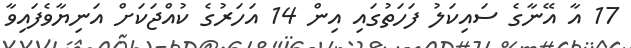
17 އާ އޭނާގެ ސައިކަލު ފަހަތުގައި އިން 14 އަހަރުގެ ކުއްޖަކަށް އަނިޔާވެފައިވާ